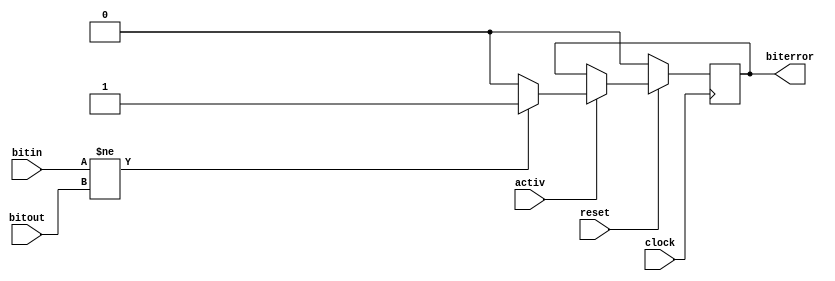
////////////////////////////////////////////////////////////////////////////////////////////////////
//
// Interessengruppe fuer Mikroelektronik und Eingebettete Systeme (IMES)
// Fachhochschule Dortmund
//
// Tool         : Mentor Graphics HDL Designer(TM) 2015.1b (Build 4)
// Description  : biterror detection
// Commentary   : DW 2005_06_30 clock Flanke von negativ auf positiv geaendert. 
//
// Changelog:
// -------------------------------------------------------------------------------------------------
// Version | Author             | Date       | Changes
// -------------------------------------------------------------------------------------------------
// 0.9     | Leduc              | 01.07.2019 | created
// -------------------------------------------------------------------------------------------------
// 0.91    | Leduc              | 01.07.2019 | Deleted variable edged (VHDL) during translation.
// -------------------------------------------------------------------------------------------------
//
////////////////////////////////////////////////////////////////////////////////////////////////////

//`resetall
//`timescale 1ns/10ps
//`default_nettype none

module biterrordetect2 (
  input  wire clock,        
  input  wire bitin,      // vergleich 1
  input  wire bitout,     // vergleich 2
  input  wire activ,      // synchron neg. clock
  input  wire reset,      // synchron neg. clock
  output reg  biterror    // ergebnis
  );

always@(posedge clock)    // DW 2005_06_30 clock Flanke von negativ auf positiv geaendert.
begin
  if (reset ==1'b0)
    biterror <= 1'b0;
  else if (activ == 1'b1)
   begin
    if (bitin != bitout)
      biterror <= 1'b1;
    else
      biterror <= 1'b0;
   end
end

endmodule